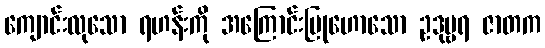
ကျောင်းလုသော ရဟန်းကို အကြောင်းပြုဟောသော ဥဒုမ္ဗရ ဇာတက